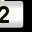
Digit: 2